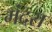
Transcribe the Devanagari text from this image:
मंदरा